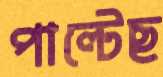
পাল্‌টেছ